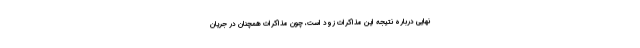
نهایی درباره‌ نتیجه‌ این مذاکرات زود است، چون مذاکرات همچنان در جریان